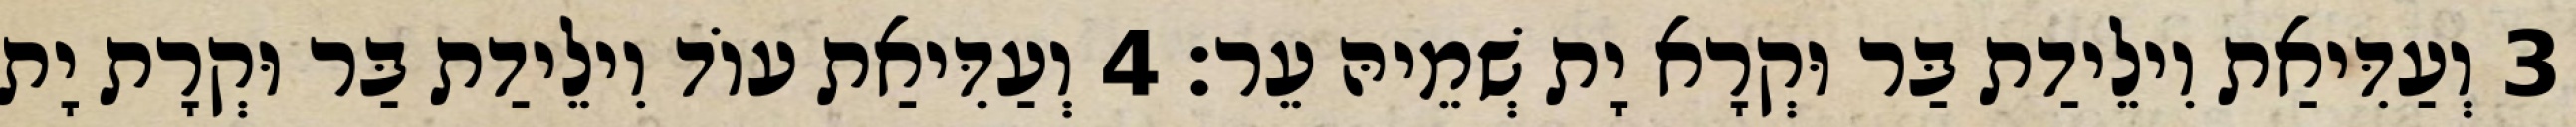
3 וְעַדִּיאַת וִילֵידַת בַּר וּקְרָא יָת שְׁמֵיהּ עֵר׃ 4 וְעַדִּיאַת עוֹד וִילֵידַת בַּר וּקְרָת יָת